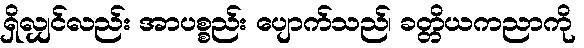
ရှိလျှင်လည်း အာပစ္စည်း ပျောက်သည်၊ ခတ္တိယကညာကို